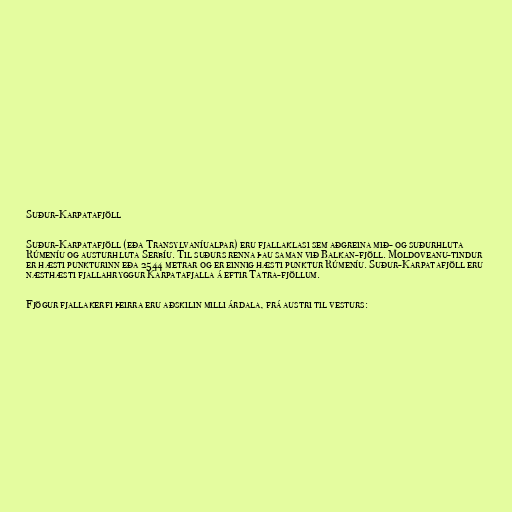
Suður-Karpatafjöll

Suður-Karpatafjöll (eða Transylvaníualpar) eru fjallaklasi sem aðgreina mið- og suðurhluta
Rúmeníu og austurhluta Serbíu. Til suðurs renna þau saman við Balkan-fjöll. Moldoveanu-tindur
er hæsti punkturinn eða 2544 metrar og er einnig hæsti punktur Rúmeníu. Suður-Karpatafjöll eru
næsthæsti fjallahryggur Karpatafjalla á eftir Tatra-fjöllum.

Fjögur fjallakerfi þeirra eru aðskilin milli árdala, frá austri til vesturs: